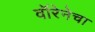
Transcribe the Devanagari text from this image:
वॉरेनेचा